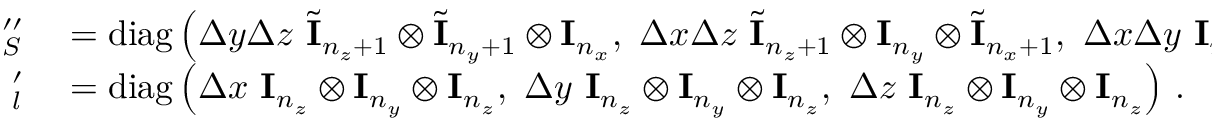
\begin{array} { r l } { \mathbf \Lambda _ { S } ^ { \prime \prime } } & { { } = \operatorname { d i a g } \left( \Delta y \Delta z \ \tilde { \mathbf I } _ { n _ { z } + 1 } \otimes \tilde { \mathbf I } _ { n _ { y } + 1 } \otimes \mathbf I _ { n _ { x } } , \ \Delta x \Delta z \ \tilde { \mathbf I } _ { n _ { z } + 1 } \otimes \mathbf I _ { n _ { y } } \otimes \tilde { \mathbf I } _ { n _ { x } + 1 } , \ \Delta x \Delta y \ \mathbf I _ { n _ { z } } \otimes \tilde { \mathbf I } _ { n _ { y } + 1 } \otimes \tilde { \mathbf I } _ { n _ { x } + 1 } \right) \, , } \\ { \mathbf \Lambda _ { l } ^ { \prime } } & { { } = \operatorname { d i a g } \left( \Delta x \ \mathbf I _ { n _ { z } } \otimes \mathbf I _ { n _ { y } } \otimes \mathbf I _ { n _ { z } } , \ \Delta y \ \mathbf I _ { n _ { z } } \otimes \mathbf I _ { n _ { y } } \otimes \mathbf I _ { n _ { z } } , \ \Delta z \ \mathbf I _ { n _ { z } } \otimes \mathbf I _ { n _ { y } } \otimes \mathbf I _ { n _ { z } } \right) \, . } \end{array}